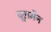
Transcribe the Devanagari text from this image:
वूलमैन